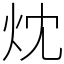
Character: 㶩